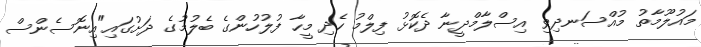
މައުލޫމާތު މުއްސަނދިވި އިސްލާމްދީނާ ދެކޮޅު ފިލްމު ހެދި މީހާ ފުލުހުންގެ ބެލުމުގެ ދަށުގައި"އިނޮސެންސް